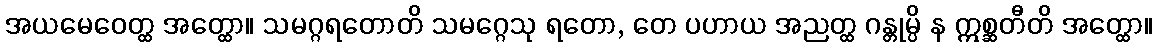
အယမေဝေတ္ထ အတ္ထော။ သမဂ္ဂရတောတိ သမဂ္ဂေသု ရတော, တေ ပဟာယ အညတ္ထ ဂန္တုမ္ပိ န ဣစ္ဆတီတိ အတ္ထော။